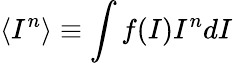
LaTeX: \langle I^{n}\rangle\equiv\int f(I)I^{n}dI